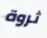
ثروة